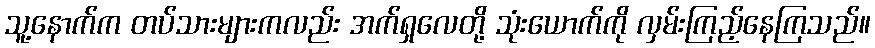
သူ့နောက်က တပ်သားများကလည်း အက်ရှလေတို့ သုံးယောက်ကို လှမ်းကြည့်နေကြသည်။